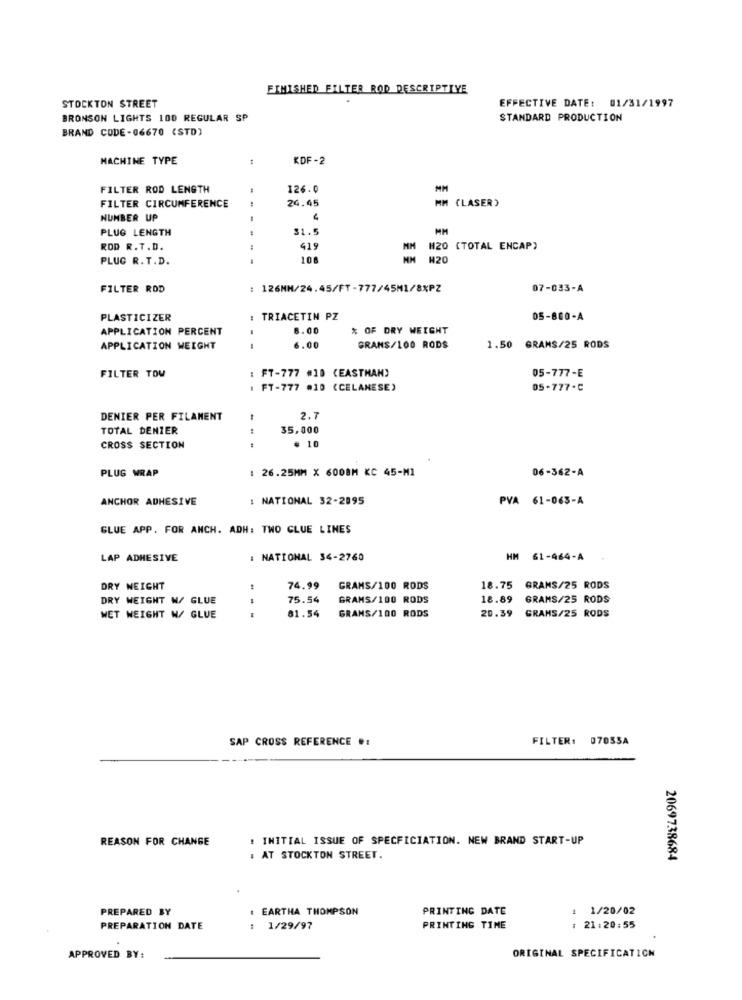
FIMISHED FILTER ROD DESCRIPTIVE
STOCKTON STREET
EFFECTIVE DATE: 01/31/1997
BRONSON LIGHTS 100 REGULAR SP
STANDARD PRODUCTION
BRAND CODE-06670 (STD)
MACHINE TYPE
KDF -2
FILTER ROD LENGTH
126.0
FILTER CIRCUMFERENCE
24.45
(LASER )
NUMBER UP
PLUG LENGTH
31.5
MM
ROD R.T.D.
419
H20 (TOTAL ENCAP)
PLUG R. T.D.
---
108
W20
FILTER ROD
126HH/24.45/FT-777/45M1/8XPZ
07-033-A
PLASTICIZER
: TRIACETIN PZ
05-880-A
APPLICATION PERCENT
8.00
% OF DRY WEIGHT
APPLICATION WEIGHT
1.00
GRAMS/100 RODS
1.50 GRAMS/25 RODS
: FT-777 #10 (EASTMAN)
05-777-E
FILTER TOW
1 FT-777 #10 (CELANESE)
05-777-C
DENIER PER FILAMENT
2.7
TOTAL DENIER
35,000
# 10
CROSS SECTION
: 26.25MM X 6008M KC 45-M1
06-362-A
PLUG WRAP
ANCHOR ADHESIVE
: NATIONAL 32-2895
PVA 61-063-A
GLUE APP. FOR ANCH. ADH: TWO CLUE LINES
LAP ADHESIVE
: NATIONAL 34-2760
HM 61-464-A
DRY NEIGHT
74.99
GRAMS/100 RODS
18.75
GRAMS/25 RODS
DRY WEIGHT W/ GLUE
75.54
GRAMS/100 RODS
18.89
GRAMS/25 RODS
81.54
GRAMS/100 RODS
WET WEIGHT N/ GLUE
20.39
GRAMS/25 RODS
SAP CROSS REFERENCE .:
FILTER: 07055A
REASON FOR CHANGE
: INITIAL ISSUE OF SPECFICIATION. NEW BRAND START-UP
: AT STOCKTON STREET.
2069738684
PREPARED BY
. EARTHA THOMPSON
PRINTING DATE
1/20/02
PREPARATION DATE
: 1/29/97
PRINTING TIME
21:20:55
APPROVED BY:
ORIGINAL SPECIFICATION